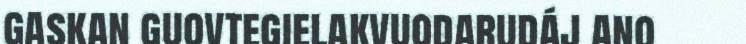
gaskan guovtegielakvuodarudáj ano